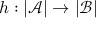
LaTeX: h : | { \mathcal { A } } | \rightarrow | { \mathcal { B } } |